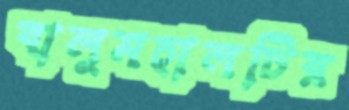
বালুমহালটির